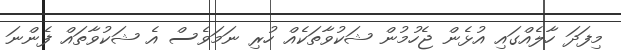
މިފަދަ ހާލެއްގައި އުޅެން ޖެހުމުން ޝަކުވާތަކެއް ހުރި ނަމަވެސް އެ ޝަކުވާތައް ފެންނަ